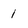
Character: 1